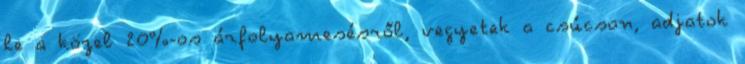
le a közel 20%-os árfolyamesésről, vegyetek a csúcson, adjatok